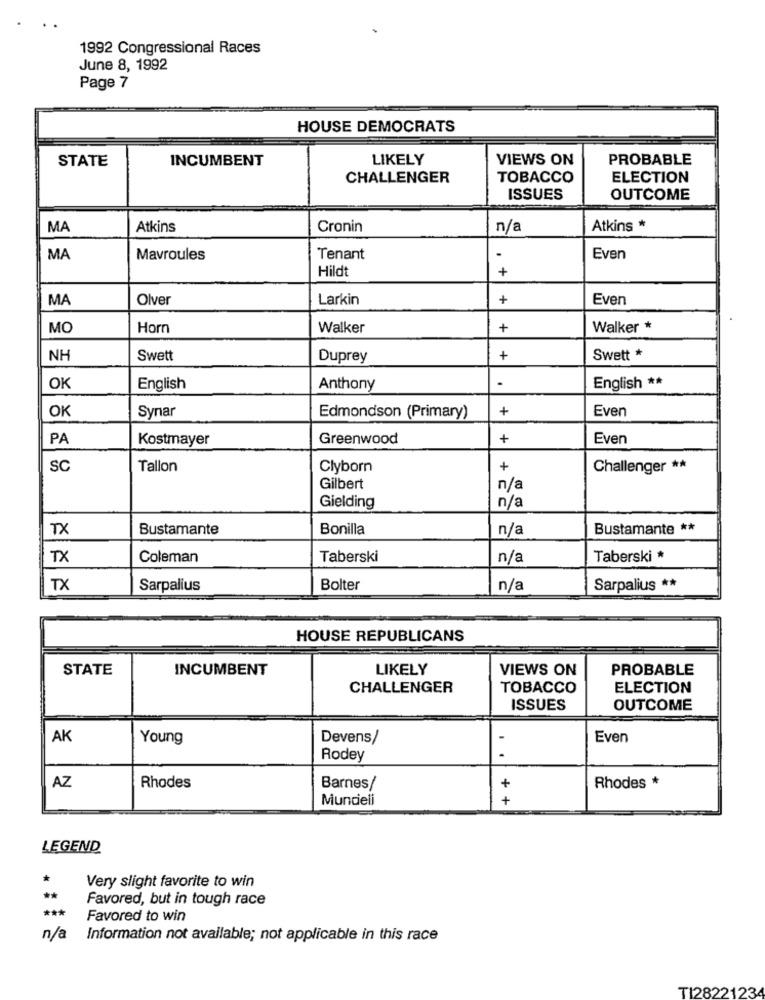
1992 Congressional Races
June 8, 1992
Page 7
HOUSE DEMOCRATS
STATE
INCUMBENT
LIKELY
VIEWS ON
PROBABLE
CHALLENGER
TOBACCO
ELECTION
ISSUES
OUTCOME
MA
Atkins
Cronin
n/a
Atkins *
MA
Mavroules
Tenant
Even
Hildt
+
MA
Olver
Larkin
+
Even
MO
Horn
Walker
+
Walker *
NH
Swett
Duprey
+
Swett *
.
OK
English
Anthony
English **
OK
Synar
+
Even
Edmondson (Primary)
PA
Kostmayer
Greenwood
+
Even
SC
Tallon
Clyborn
+
Challenger **
Gilbert
n/a
Gielding
n/a
TX
Bustamante
Bonilla
n/a
Bustamante **
TX
Coleman
Taberski
n/a
Taberski *
TX
Sarpalius
Bolter
n/a
Sarpalius **
HOUSE REPUBLICANS
STATE
INCUMBENT
LIKELY
VIEWS ON
PROBABLE
CHALLENGER
TOBACCO
ELECTION
ISSUES
OUTCOME
AK
Young
Devens/
-
Even
Rodey
.
AZ
Rhodes
Barnes/
+
Rhodes *
Mundeli
+
LEGEND
*
Very slight favorite to win
**
Favored, but in tough race
***
Favored to win
n/a
Information not available; not applicable in this race
TI28221234